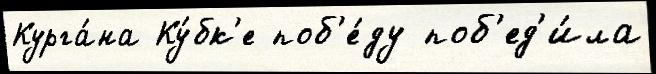
Курга́на Ку́бк'е поб'е́ду поб'ед'и́ла